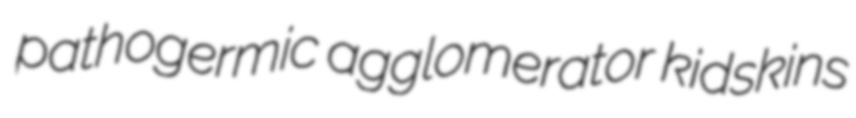
pathogermic agglomerator kidskins